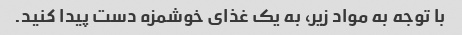
با توجه به مواد زیر، به یک غذای خوشمزه دست پیدا کنید.